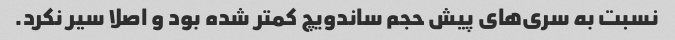
نسبت به سری‌های پیش حجم ساندویچ کمتر شده بود و اصلا سیر نکرد.